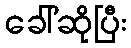
ခေါ်ဆိုပြီး